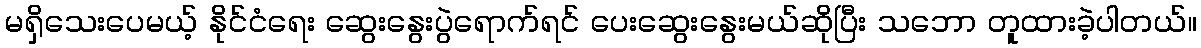
မရှိသေးပေမယ့် နိုင်ငံရေး ဆွေးနွေးပွဲရောက်ရင် ပေးဆွေးနွေးမယ်ဆိုပြီး သဘော တူထားခဲ့ပါတယ်။